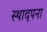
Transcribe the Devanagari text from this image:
स्थादपना